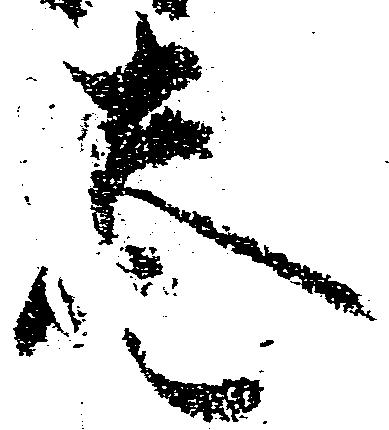
巻